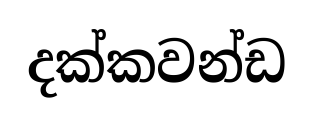
දක්කවන්ඩ